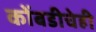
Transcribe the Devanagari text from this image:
कोंबडीचेही